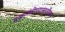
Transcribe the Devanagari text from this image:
मुख्यमंत्रीपदासाठीच्या